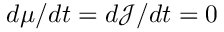
d \mu / d t = d \mathcal { J } / d t = 0